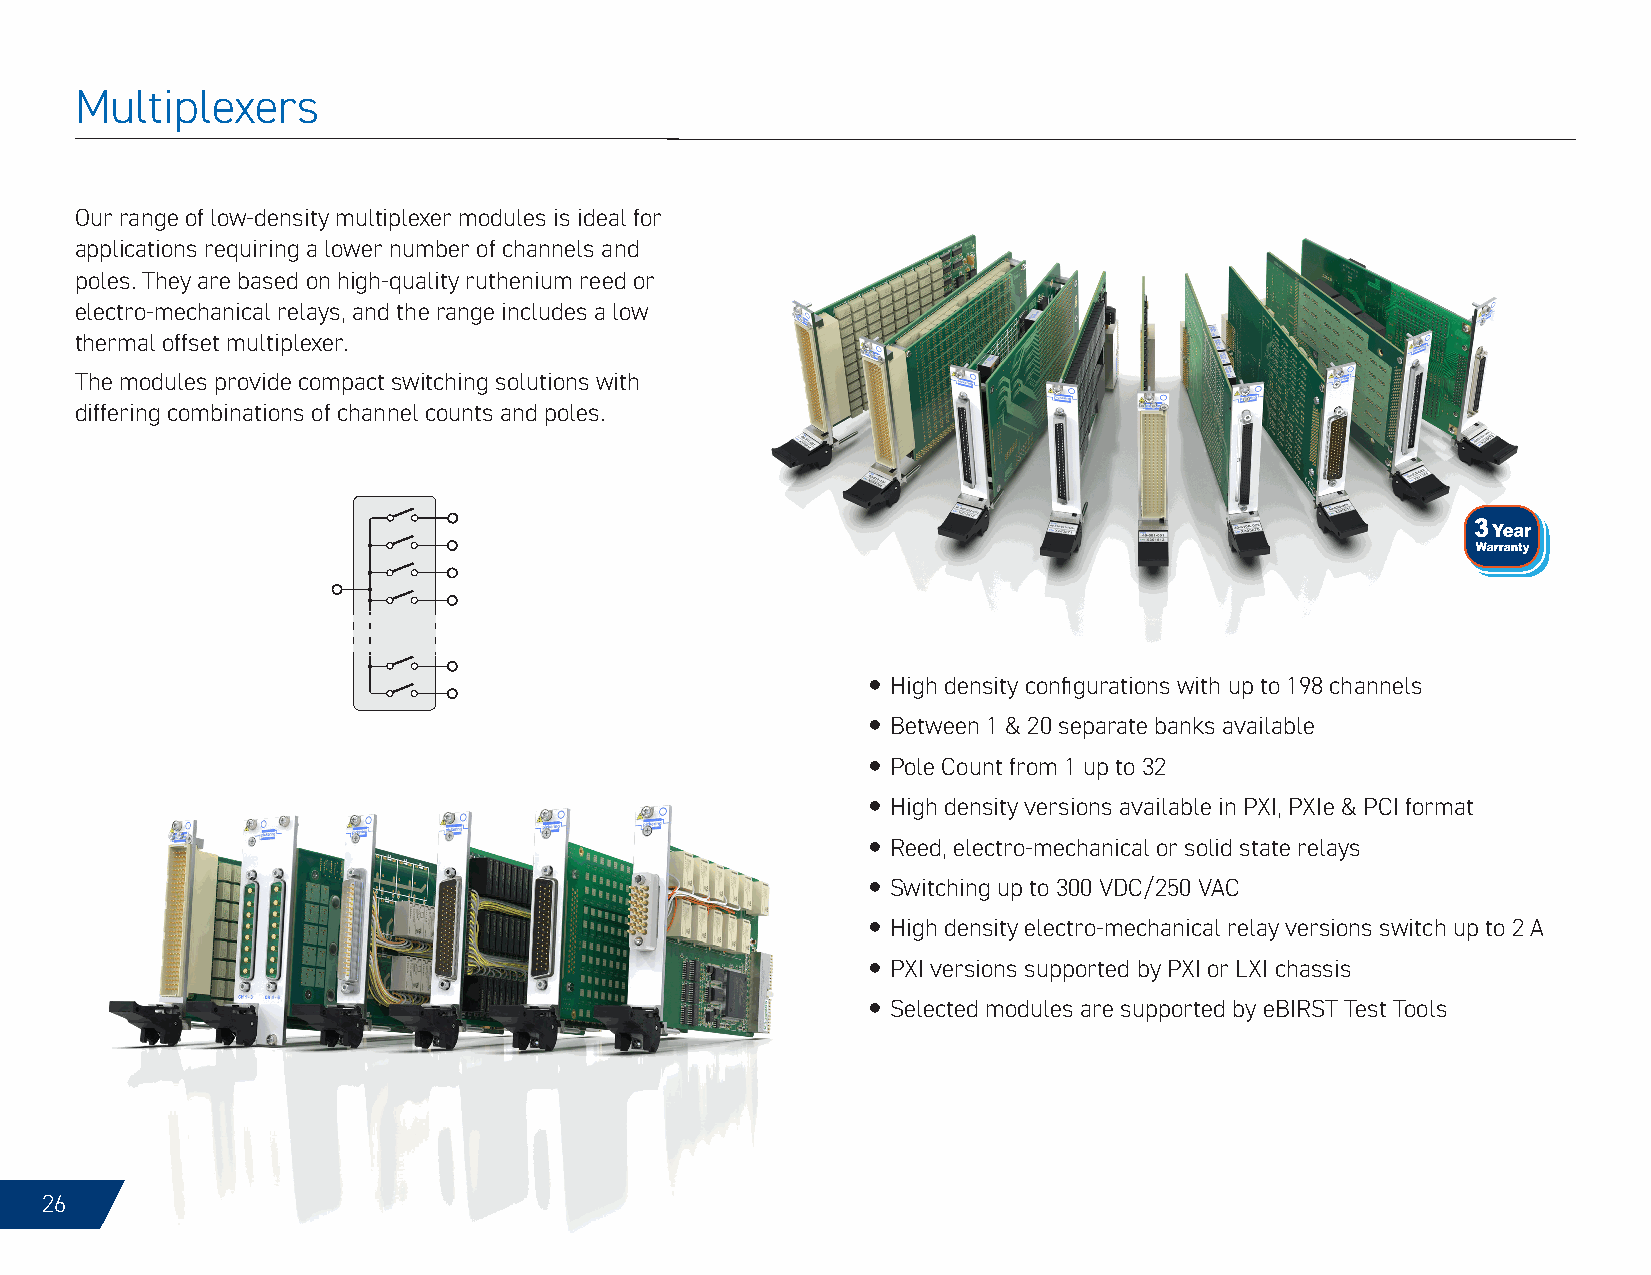
Multiplexers
 Our range of low-density multiplexer modules is ideal for
 applications requiring a lower number of channels and
 poles. They are based on high-quality ruthenium reed or
 electro-mechanical relays, and the range includes a low
 thermal offset multiplexer.
 The modules provide compact switching solutions with
 differing combinations of channel counts and poles.
 y High density configurations with up to 198 channels
 y Between 1 & 20 separate banks available
 y Pole Count from 1 up to 32
 y High density versions available in PXI, PXIe & PCI format
 y Reed, electro-mechanical or solid state relays
 y Switching up to 300 VDC/250 VAC
 y High density electro-mechanical relay versions switch up to 2 A
 y PXI versions supported by PXI or LXI chassis
 y Selected modules are supported by eBIRST Test Tools
 26